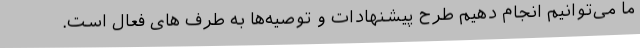
ما می‌توانیم انجام دهیم طرح پیشنهادات و توصیه‌ها به طرف های فعال است.